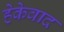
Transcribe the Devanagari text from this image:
हेकेवाद